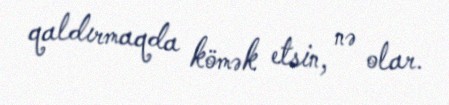
qaldırmaqda kömək etsin, nə olar.